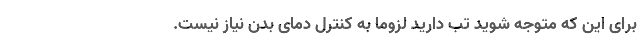
برای این که متوجه شوید تب دارید لزوما به کنترل دمای بدن نیاز نیست.